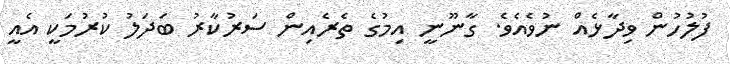
ފުލުހުން ވިދާޅެއް ނުވެއެވެ. ގާނޫނީ އިމުގެ ތެރެއިން ސަރުކާރު ބަދަލު ކުރުމަކީ އެއީ